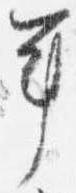
年